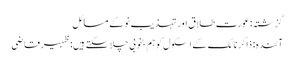
گزشتہ: عورت طلاق اور تہذیب نو کے مسائل
آئندہ: ذاکر نائک کے اسکول کو ہم بخوبی چلا سکتے ہیں:ظہیرقاضی